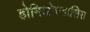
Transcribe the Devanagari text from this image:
होमिओस्तासिस